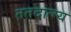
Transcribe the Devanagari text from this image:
ततदात्म्य